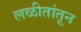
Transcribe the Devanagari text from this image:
लळीतांतून